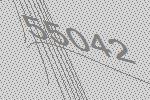
55042